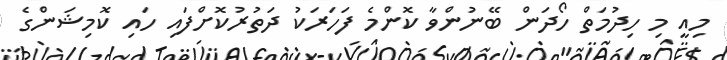
މިއީ މި ހިދުމަތް ހޯދަން ބޭނުންވާ ކޮންމެ ފަހަރަކު ދަތުރުކޮށްފައި ހައި ކޮމިޝަންގެ